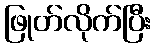
ဖြုတ်လိုက်ပြီး